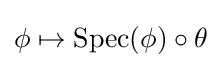
\phi \mapsto \operatorname {Spec} (\phi )\circ \theta